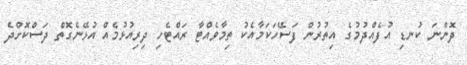
ދޮންނަ ކުނޑި އުފެއްދުމުގެ އިތުރުން ފަސޭހަކަމާއެކު ތިމާވެއްޓާ ރައްޓެހި ދިރިއުޅުމެއް އުޅޭނެގޮތް ދަސްކޮށްދެ